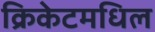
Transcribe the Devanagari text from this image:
क्रिकेटमधिल